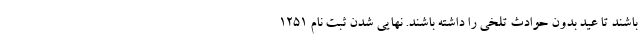
باشند تا عید بدون حوادث تلخی را داشته باشند. نهایی شدن ثبت نام ١٢٥١